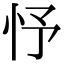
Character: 忬